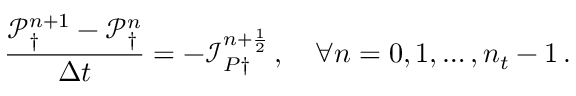
\frac { \mathcal P _ { \dagger } ^ { n + 1 } - \mathcal P _ { \dagger } ^ { n } } { \Delta t } = - \mathcal I _ { P \dagger } ^ { n + \frac 1 2 } \, , \quad \forall n = 0 , 1 , \hdots , n _ { t } - 1 \, .